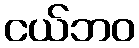
ငယ်ဘဝ